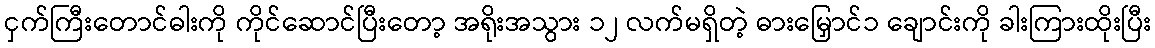
ငှက်ကြီးတောင်ဓါးကို ကိုင်ဆောင်ပြီးတော့ အရိုးအသွား ၁၂ လက်မရှိတဲ့ ဓားမြှောင်၁ ချောင်းကို ခါးကြားထိုးပြီး